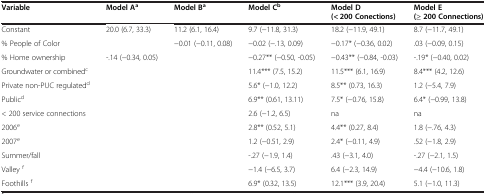
<table><thead><tr><td><b>Variable</b></td><td><b>Model A<sup>a</sup></b></td><td><b>Model B<sup>a</sup></b></td><td><b>Model C<sup>b</sup></b></td><td><b>Model D (&lt; 200 Conections)</b></td><td><b>Model E (≥ 200 Connections)</b></td></tr></thead><tbody><tr><td>Constant</td><td>20.0 (6.7, 33.3)</td><td>11.2 (6.1, 16.4)</td><td>9.7 (−11.8, 31.3)</td><td>18.2 (−11.9, 49.1)</td><td>8.7 (−11.7, 49.1)</td></tr><tr><td>% People of Color</td><td> </td><td>−0.01 (−0.11, 0.08)</td><td>−0.02 (−.13, 0.09)</td><td>−0.17* (−0.36, 0.02)</td><td>.03 (−0.09, 0.15)</td></tr><tr><td>% Home ownership</td><td>-.14 (−0.34, 0.05)</td><td> </td><td>−0.27** (−0.50, -0.05)</td><td>−0.43** (−0.84, -0.03)</td><td>-.19* (−0.40, 0.02)</td></tr><tr><td>Groundwater or combined<sup>c</sup></td><td> </td><td> </td><td>11.4*** (7.5, 15.2)</td><td>11.5*** (6.1, 16.9)</td><td>8.4*** (4.2, 12.6)</td></tr><tr><td>Private non-PUC regulated<sup>d</sup></td><td> </td><td> </td><td>5.6* (−1.0, 12.2)</td><td>8.5** (0.73, 16.3)</td><td>1.2 (−5.4, 7.9)</td></tr><tr><td>Public<sup>d</sup></td><td> </td><td> </td><td>6.9** (0.61, 13.11)</td><td>7.5* (−0.76, 15.8)</td><td>6.4* (−0.99, 13.8)</td></tr><tr><td>&lt; 200 service connections</td><td> </td><td> </td><td>2.6 (−1.2, 6.5)</td><td>na</td><td>na</td></tr><tr><td>2006<sup>e</sup></td><td> </td><td> </td><td>2.8** (0.52, 5.1)</td><td>4.4** (0.27, 8.4)</td><td>1.8 (−.76, 4.3)</td></tr><tr><td>2007<sup>e</sup></td><td> </td><td> </td><td>1.2 (−0.51, 2.9)</td><td>2.4* (−0.11, 4.9)</td><td>.52 (−1.8, 2.9)</td></tr><tr><td>Summer/fall</td><td> </td><td> </td><td>-.27 (−1.9, 1.4)</td><td>.43 (−3.1, 4.0)</td><td>-.27 (−2.1, 1.5)</td></tr><tr><td>Valley <sup>f</sup></td><td> </td><td> </td><td>−1.4 (−6.5, 3.7)</td><td>6.4 (−2.3, 14.9)</td><td>−4.4 (−10.6, 1.8)</td></tr><tr><td>Foothills <sup>f</sup></td><td> </td><td> </td><td>6.9* (0.32, 13.5)</td><td>12.1*** (3.9, 20.4)</td><td>5.1 (−1.0, 11.3)</td></tr></tbody></table>